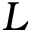
L